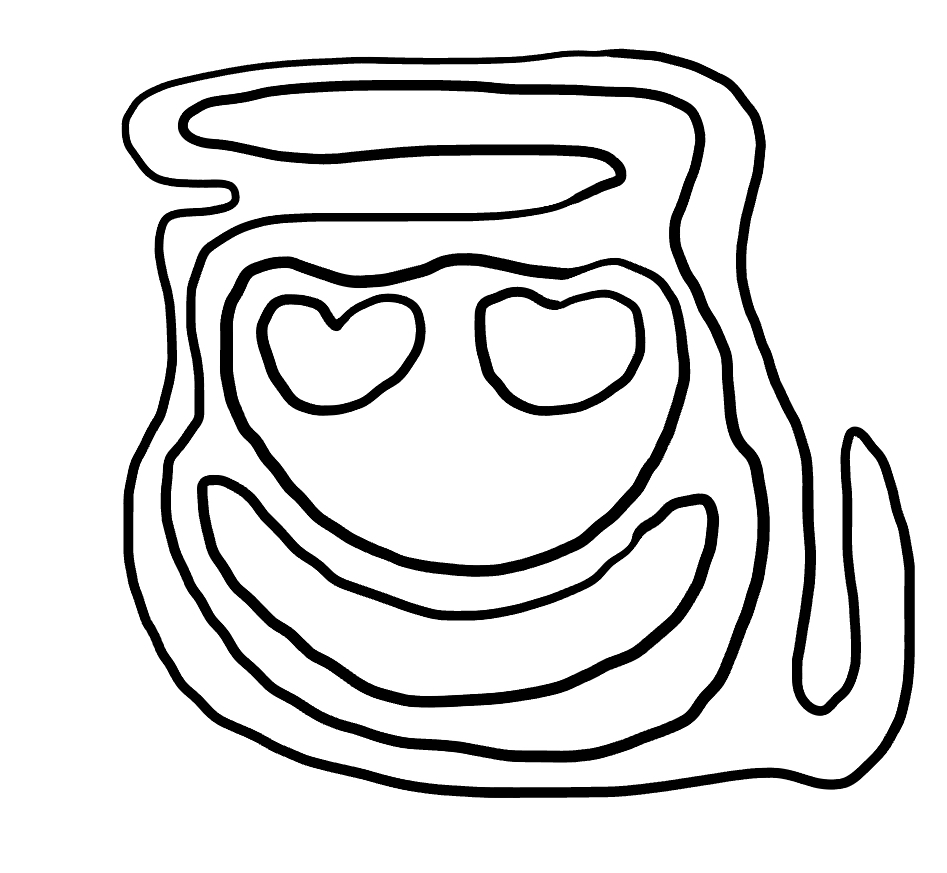
Number of regions (including the outer root region): 7
Containment tree edges (parent, child): 0, 1, 1, 2, 2, 3, 2, 4, 4, 5, 4, 6